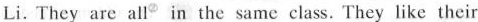
Li. They are all② in the same class. They like their